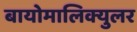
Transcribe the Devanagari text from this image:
बायोमालिक्युलर